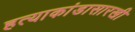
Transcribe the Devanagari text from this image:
हत्याकांडासारखी